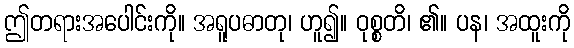
ဤတရားအပေါင်းကို။ အရူပဓာတု၊ ဟူ၍။ ဝုစ္စတိ၊ ၏။ ပန၊ အထူးကို